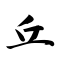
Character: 丘